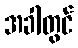
အခါတွင်